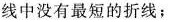
折线中没有最短的折线；